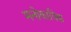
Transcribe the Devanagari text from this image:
मनोकायिक